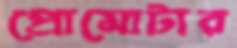
প্রোমোটার